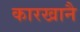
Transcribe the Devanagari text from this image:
कारखानै